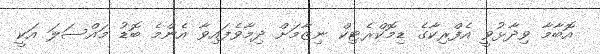
އޮބާމާ ވިދާޅުވީ އެފްރިކާގެ ޑިމޮކްރެޓިކް ނިޒާމަށް ދިމާވެފައިވާ އެންމެ ބޮޑު މައްސަލަ އަކީ